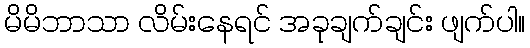
မိမိဘာသာ လိမ်းနေရင် အခုချက်ချင်း ဖျက်ပါ။